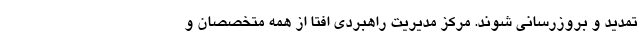
تمدید و بروزرسانی شوند. مرکز مدیریت راهبردی افتا از همه متخصصان و